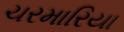
ચરમારિયા